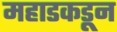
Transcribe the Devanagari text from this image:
महाडकडून